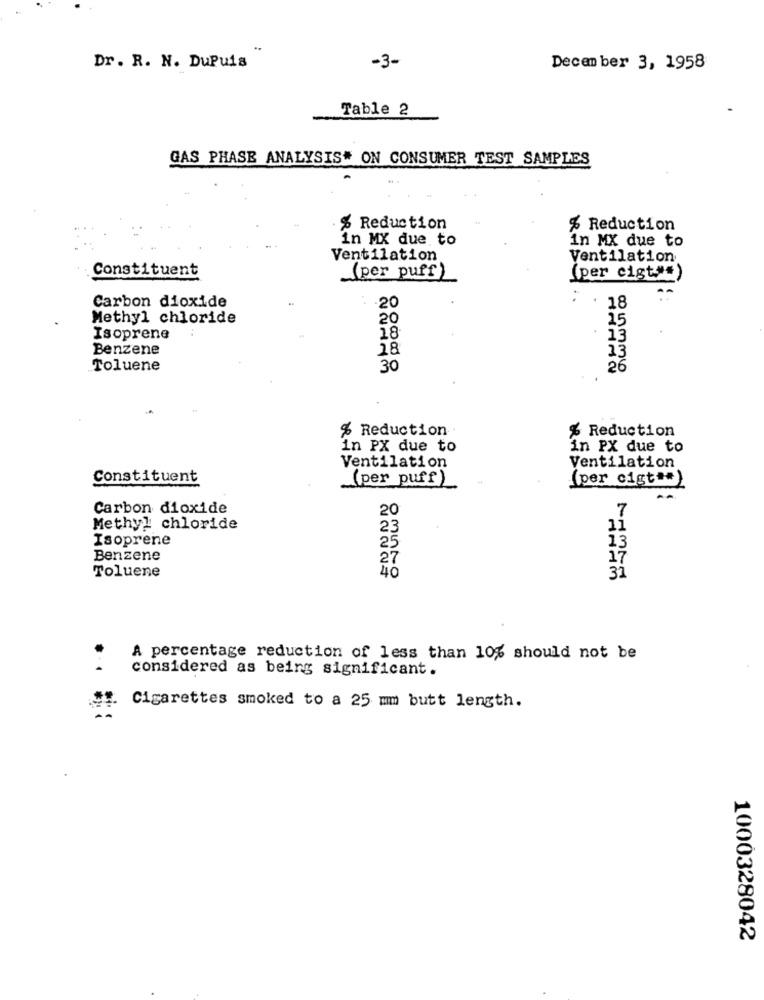
-3-
Dr. R. N. DuPuis
December 3, 1958
Table 2
GAS PHASE ANALYSIS* ON CONSUMER TEST SAMPLES
% Reduction
% Reduction
in MX due to
in MX due to
Ventilation
Ventilation
Constituent
(per puff)
(per cigt"=)
Carbon dioxide
20
18
Methyl chloride
20
25
Isoprene
18
13
Benzene
18
13
Toluene
30
26
% Reduction.
% Reduction
in PX due to
in PX due to
Ventilation
Ventilation
Constituent
(per puff)
(per cigt ** )
Carbon dioxide
20
7
Methyl chloride
23
11
Isoprene
13
25
Benzene
27
17
Toluene
40
31
A percentage reduction of less than 10% should not be
considered as being significant.
Cigarettes smoked to a 25 mm butt length.
1000328042